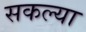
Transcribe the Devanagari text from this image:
सकल्या